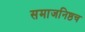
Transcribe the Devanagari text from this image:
समाजनिष्ठच